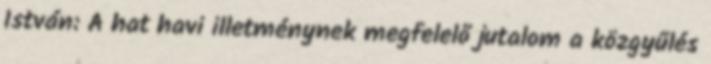
István: A hat havi illetménynek megfelelő jutalom a közgyűlés